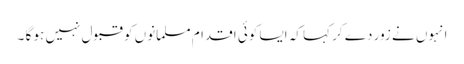
انہوں نے زور دے کر کہا کہ ایسا کوئی اقدام مسلمانوں کو قبول نہیں ہو گا ۔